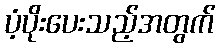
ပံ့ပိုးပေးသည့်အတွက်